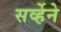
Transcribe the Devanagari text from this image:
सर्व्हेने